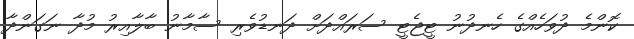
ކޮންމެ ދުވަހެއްގެ ހެނދުނު ޓީޖެޓީ ސަރައްދަށް ދަނޑުވެރި ސާމާނު ބާލާއިރު މުދާ ނަގަންދާ